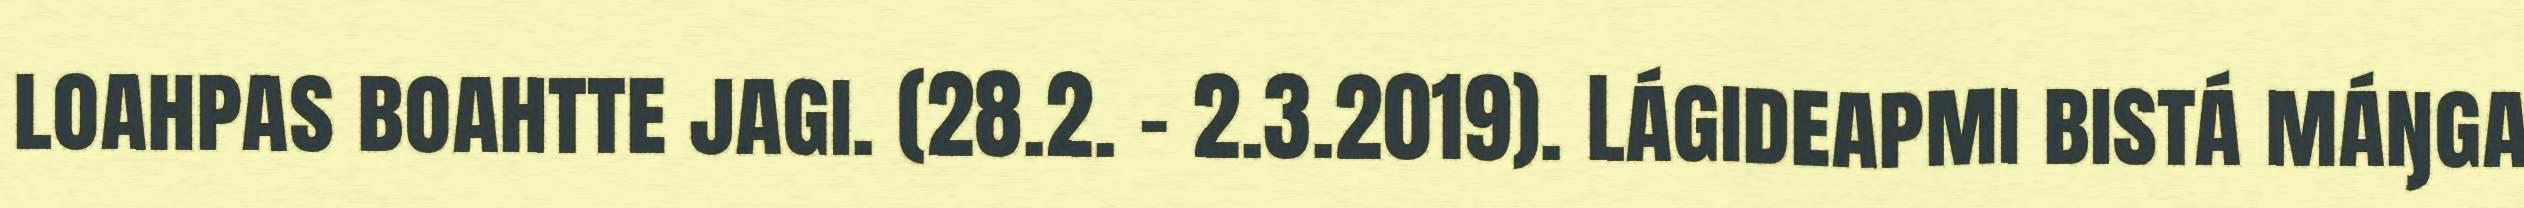
loahpas boahtte jagi. (28.2. - 2.3.2019). Lágideapmi bistá máŋga